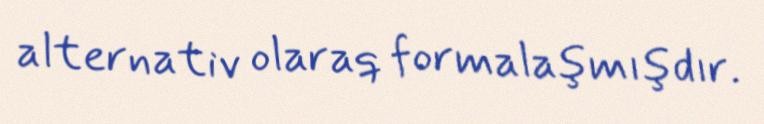
alternativ olaraq formalaşmışdır.